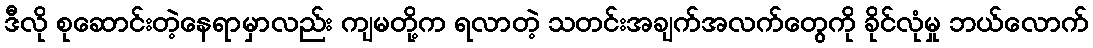
ဒီလို စုဆောင်းတဲ့နေရာမှာလည်း ကျမတို့က ရလာတဲ့ သတင်းအချက်အလက်တွေကို ခိုင်လုံမှု ဘယ်လောက်